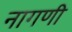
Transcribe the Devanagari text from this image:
नागणी